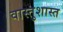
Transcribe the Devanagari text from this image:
वास्तुशास्त